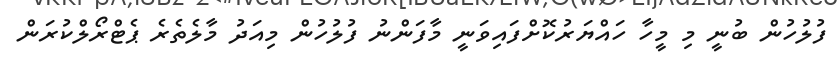
ފުލުހުން ބުނީ މި މީހާ ހައްޔަރުކޮށްފައިވަނީ މާފަންނު ފުލުހުން މިއަދު މާލެތެރެ ޕެޓްރޯލްކުރަން